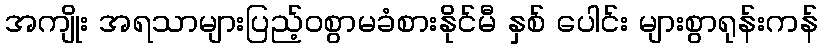
အကျိုး အရသာများပြည့်ဝစွာမခံစားနိုင်မီ နှစ် ပေါင်း များစွာရုန်းကန်